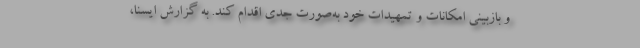
و بازبینی امکانات و تمهیدات خود به‌صورت جدی اقدام کند. به گزارش ایسنا،